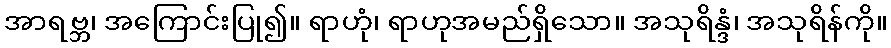
အာရဗ္ဘ၊ အကြောင်းပြု၍။ ရာဟုံ၊ ရာဟုအမည်ရှိသော။ အသုရိန္ဒံ၊ အသုရိန်ကို။